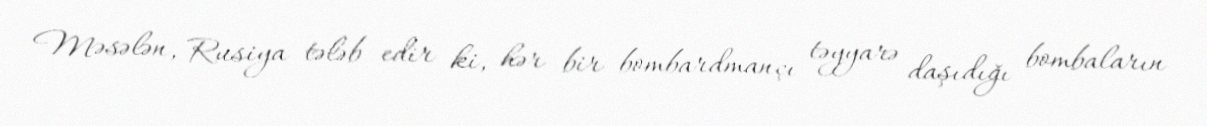
Məsələn, Rusiya tələb edir ki, hər bir bombardmançı təyyarə daşıdığı bombaların